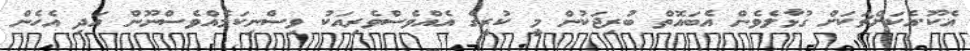
އެކޫ.އެކަށްޗަކަށް ގުޅާލެވެން އެބައޮތް ބުރިޖަކުން މީ ކުރީގެ އެއްވެސްވެރިއަކު ވިސްނިކަމެއްވެސްނޫން އަދި އެހެން